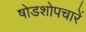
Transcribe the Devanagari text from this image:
षोडशोपचारें